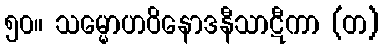
၅၀။ သမ္မောဟဝိနောဒနီသာဋီကာ (တ)